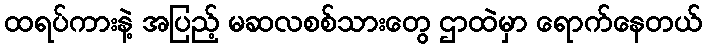
ထရပ်ကားနဲ့ အပြည့် မဆလစစ်သားတွေ ဌာထဲမှာ ရောက်နေတယ်